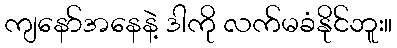
ကျနော်အနေနဲ့ ဒါကို လက်မခံနိုင်ဘူး။